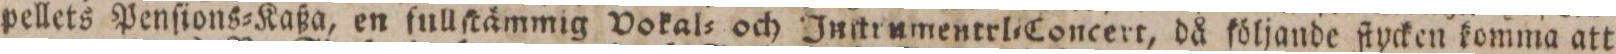
pellets Penſions=Kaßa, en fullſtämmig Vokal= och Inſtrumentrl=Concert, då följande ſtycken komma att